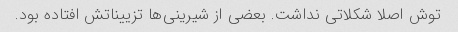
توش اصلا شکلاتی نداشت. بعضی از شیرینی‌ها تزییناتش افتاده بود.